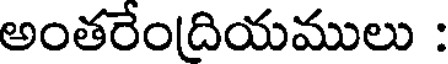
అంతరేందియములు :